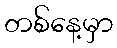
တစ်နေ့မှာ